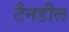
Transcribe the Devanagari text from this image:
टैनडील